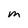
Character: m